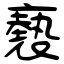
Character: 褻